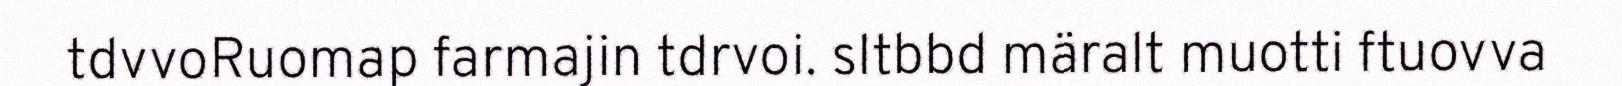
tdvvoRuomap farmajin tdrvoi. sltbbd märalt muotti ftuovva